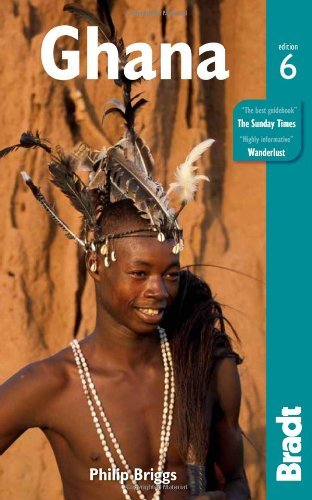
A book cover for Ghana, 6th (Bradt Travel Guide) (Paperback) - Common; by Philip Briggs; Travel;